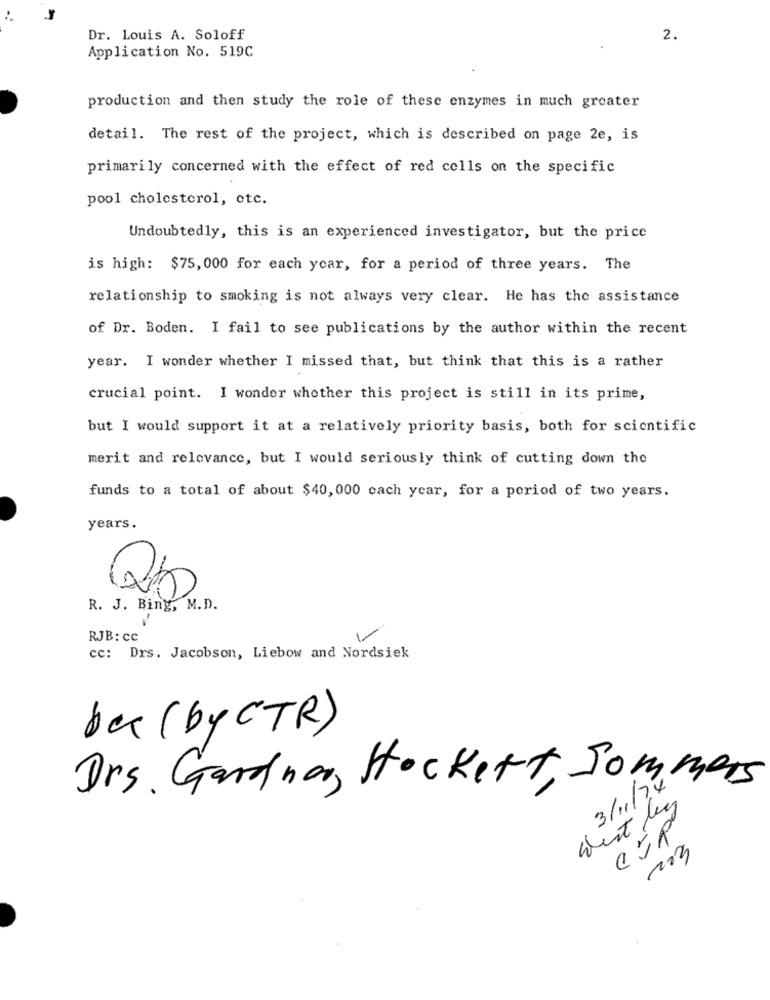
Dr. Louis A. Soloff
2.
Application No. 519C
production and then study the role of these enzymes in much greater
detail. The rest of the project, which is described on page 2e, is
primarily concerned with the effect of red cells on the specific
pool cholesterol, etc.
Undoubtedly, this is an experienced investigator, but the price
is high: $75, 000 for each year, for a period of three years. The
relationship to smoking is not always very clear. He has the assistance
of Dr. Boden. I fail to see publications by the author within the recent
year. I wonder whether I missed that, but think that this is a rather
crucial point. I wonder whether this project is still in its prime,
but I would support it at a relatively priority basis, both for scientific
merit and relevance, but I would seriously think of cutting down the
funds to a total of about $40, 000 each year, for a period of two years.
years.
R. J. Bing, M.D.
RJB: CC
cc: Drs. Jacobson, Liebow and Nordsiek
bec (by CTR)
Drs. Gardna, Stockett, Sommers
3/11/74
West ley
203